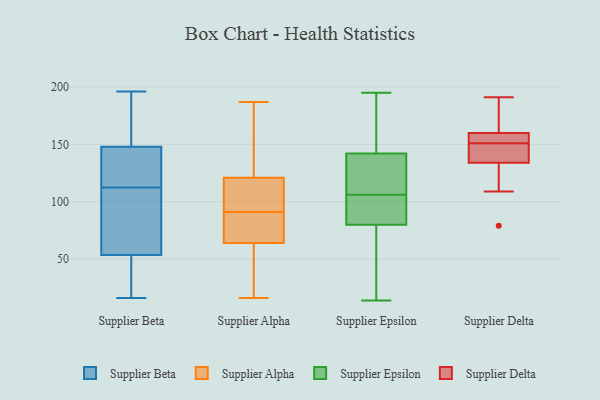
{"axis": {"x": "Churn Rate (%)", "y": "Value"}, "legend": ["Supplier Alpha", "Supplier Beta", "Supplier Delta", "Supplier Epsilon"], "data": [{"x": "", "y": 127, "type": "Supplier Beta"}, {"x": "", "y": 182, "type": "Supplier Beta"}, {"x": "", "y": 146, "type": "Supplier Beta"}, {"x": "", "y": 122, "type": "Supplier Beta"}, {"x": "", "y": 71, "type": "Supplier Beta"}, {"x": "", "y": 98, "type": "Supplier Beta"}, {"x": "", "y": 103, "type": "Supplier Beta"}, {"x": "", "y": 196, "type": "Supplier Beta"}, {"x": "", "y": 36, "type": "Supplier Beta"}, {"x": "", "y": 18, "type": "Supplier Beta"}, {"x": "", "y": 150, "type": "Supplier Beta"}, {"x": "", "y": 16, "type": "Supplier Beta"}, {"x": "", "y": 66, "type": "Supplier Alpha"}, {"x": "", "y": 187, "type": "Supplier Alpha"}, {"x": "", "y": 63, "type": "Supplier Alpha"}, {"x": "", "y": 101, "type": "Supplier Alpha"}, {"x": "", "y": 16, "type": "Supplier Alpha"}, {"x": "", "y": 113, "type": "Supplier Alpha"}, {"x": "", "y": 64, "type": "Supplier Alpha"}, {"x": "", "y": 121, "type": "Supplier Alpha"}, {"x": "", "y": 72, "type": "Supplier Alpha"}, {"x": "", "y": 173, "type": "Supplier Alpha"}, {"x": "", "y": 143, "type": "Supplier Alpha"}, {"x": "", "y": 24, "type": "Supplier Alpha"}, {"x": "", "y": 106, "type": "Supplier Alpha"}, {"x": "", "y": 81, "type": "Supplier Alpha"}, {"x": "", "y": 195, "type": "Supplier Epsilon"}, {"x": "", "y": 56, "type": "Supplier Epsilon"}, {"x": "", "y": 161, "type": "Supplier Epsilon"}, {"x": "", "y": 90, "type": "Supplier Epsilon"}, {"x": "", "y": 43, "type": "Supplier Epsilon"}, {"x": "", "y": 97, "type": "Supplier Epsilon"}, {"x": "", "y": 145, "type": "Supplier Epsilon"}, {"x": "", "y": 142, "type": "Supplier Epsilon"}, {"x": "", "y": 25, "type": "Supplier Epsilon"}, {"x": "", "y": 137, "type": "Supplier Epsilon"}, {"x": "", "y": 101, "type": "Supplier Epsilon"}, {"x": "", "y": 166, "type": "Supplier Epsilon"}, {"x": "", "y": 111, "type": "Supplier Epsilon"}, {"x": "", "y": 139, "type": "Supplier Epsilon"}, {"x": "", "y": 14, "type": "Supplier Epsilon"}, {"x": "", "y": 133, "type": "Supplier Epsilon"}, {"x": "", "y": 80, "type": "Supplier Epsilon"}, {"x": "", "y": 93, "type": "Supplier Epsilon"}, {"x": "", "y": 160, "type": "Supplier Delta"}, {"x": "", "y": 144, "type": "Supplier Delta"}, {"x": "", "y": 176, "type": "Supplier Delta"}, {"x": "", "y": 79, "type": "Supplier Delta"}, {"x": "", "y": 134, "type": "Supplier Delta"}, {"x": "", "y": 109, "type": "Supplier Delta"}, {"x": "", "y": 141, "type": "Supplier Delta"}, {"x": "", "y": 191, "type": "Supplier Delta"}, {"x": "", "y": 158, "type": "Supplier Delta"}, {"x": "", "y": 158, "type": "Supplier Delta"}]}